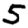
Digit: 5